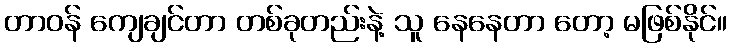
တာဝန် ကျေချင်တာ တစ်ခုတည်းနဲ့ သူ နေနေတာ တော့ မဖြစ်နိုင်။